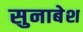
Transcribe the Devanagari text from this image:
सुनाबेश